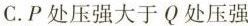
C.P处压强大于Q处压强